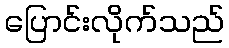
ပြောင်းလိုက်သည်